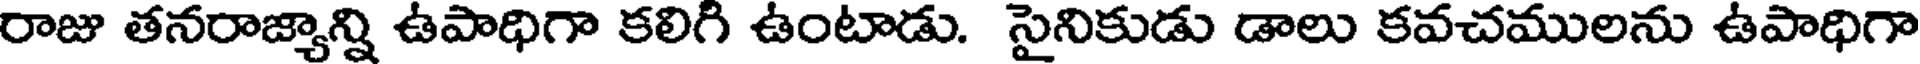
రాజు తనరాజ్యాన్ని ఉపాధిగా కలిగి ఉంటాడు. సైనికుడు డాలు కవచములను ఉపాధిగా